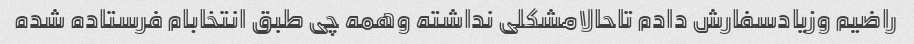
راضیم وزیادسفارش دادم تاحالامشکلی نداشته وهمه چی طبق انتخابام فرستاده شده